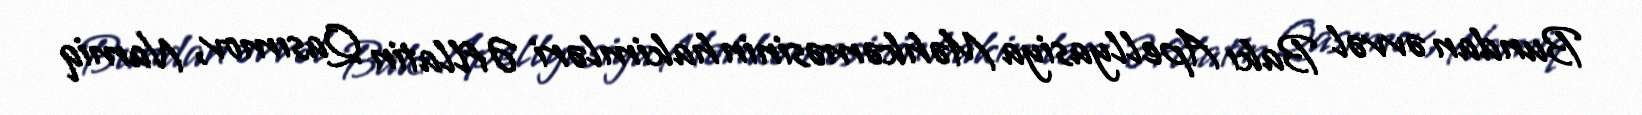
Bundan əvvəl Bakı Apellyasiya Məhkəməsinin hakimləri Əfllatin Qasımov, Namiq